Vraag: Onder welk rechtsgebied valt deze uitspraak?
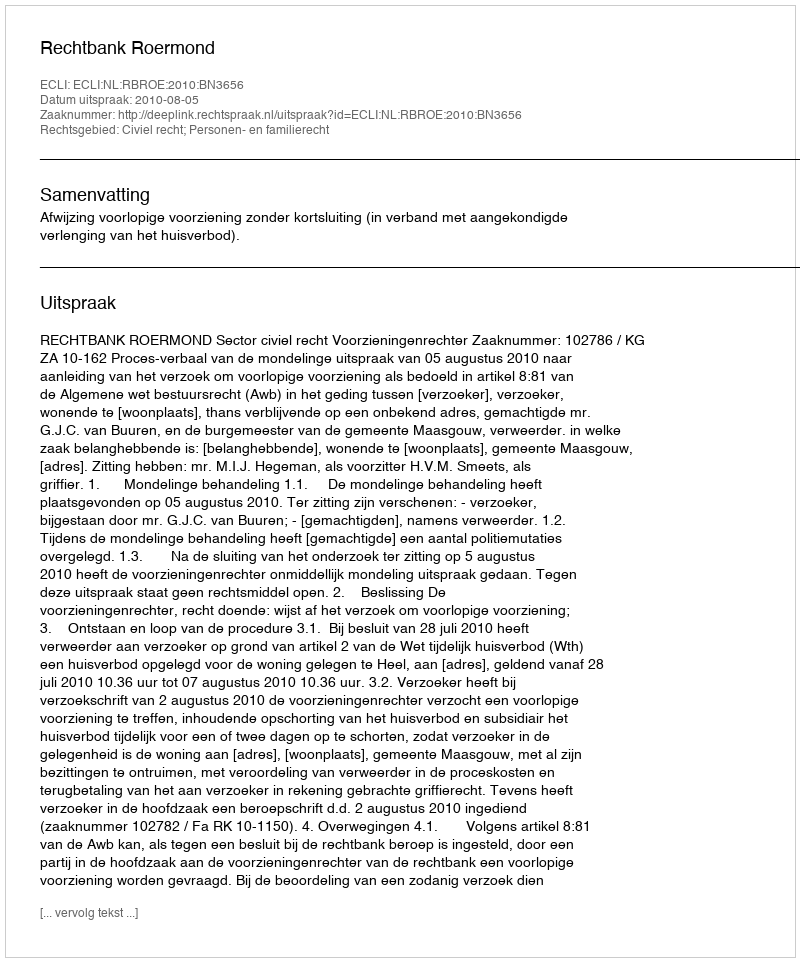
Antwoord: Civiel recht; Personen- en familierecht